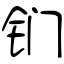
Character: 钔